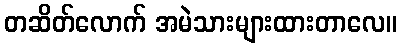
တဆိတ်လောက် အမဲသားများထားတာလေ။